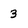
Character: 3